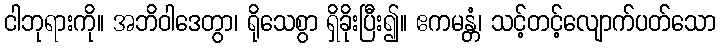
ငါဘုရားကို။ အဘိဝါဒေတွာ၊ ရိုသေစွာ ရှိခိုးပြီး၍။ ဧကမန္တံ၊ သင့်တင့်လျောက်ပတ်သော